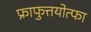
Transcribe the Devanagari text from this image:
फ्राफुत्तयोत्फा